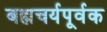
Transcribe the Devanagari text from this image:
बह्मचर्यपूर्वक